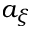
a _ { \xi }